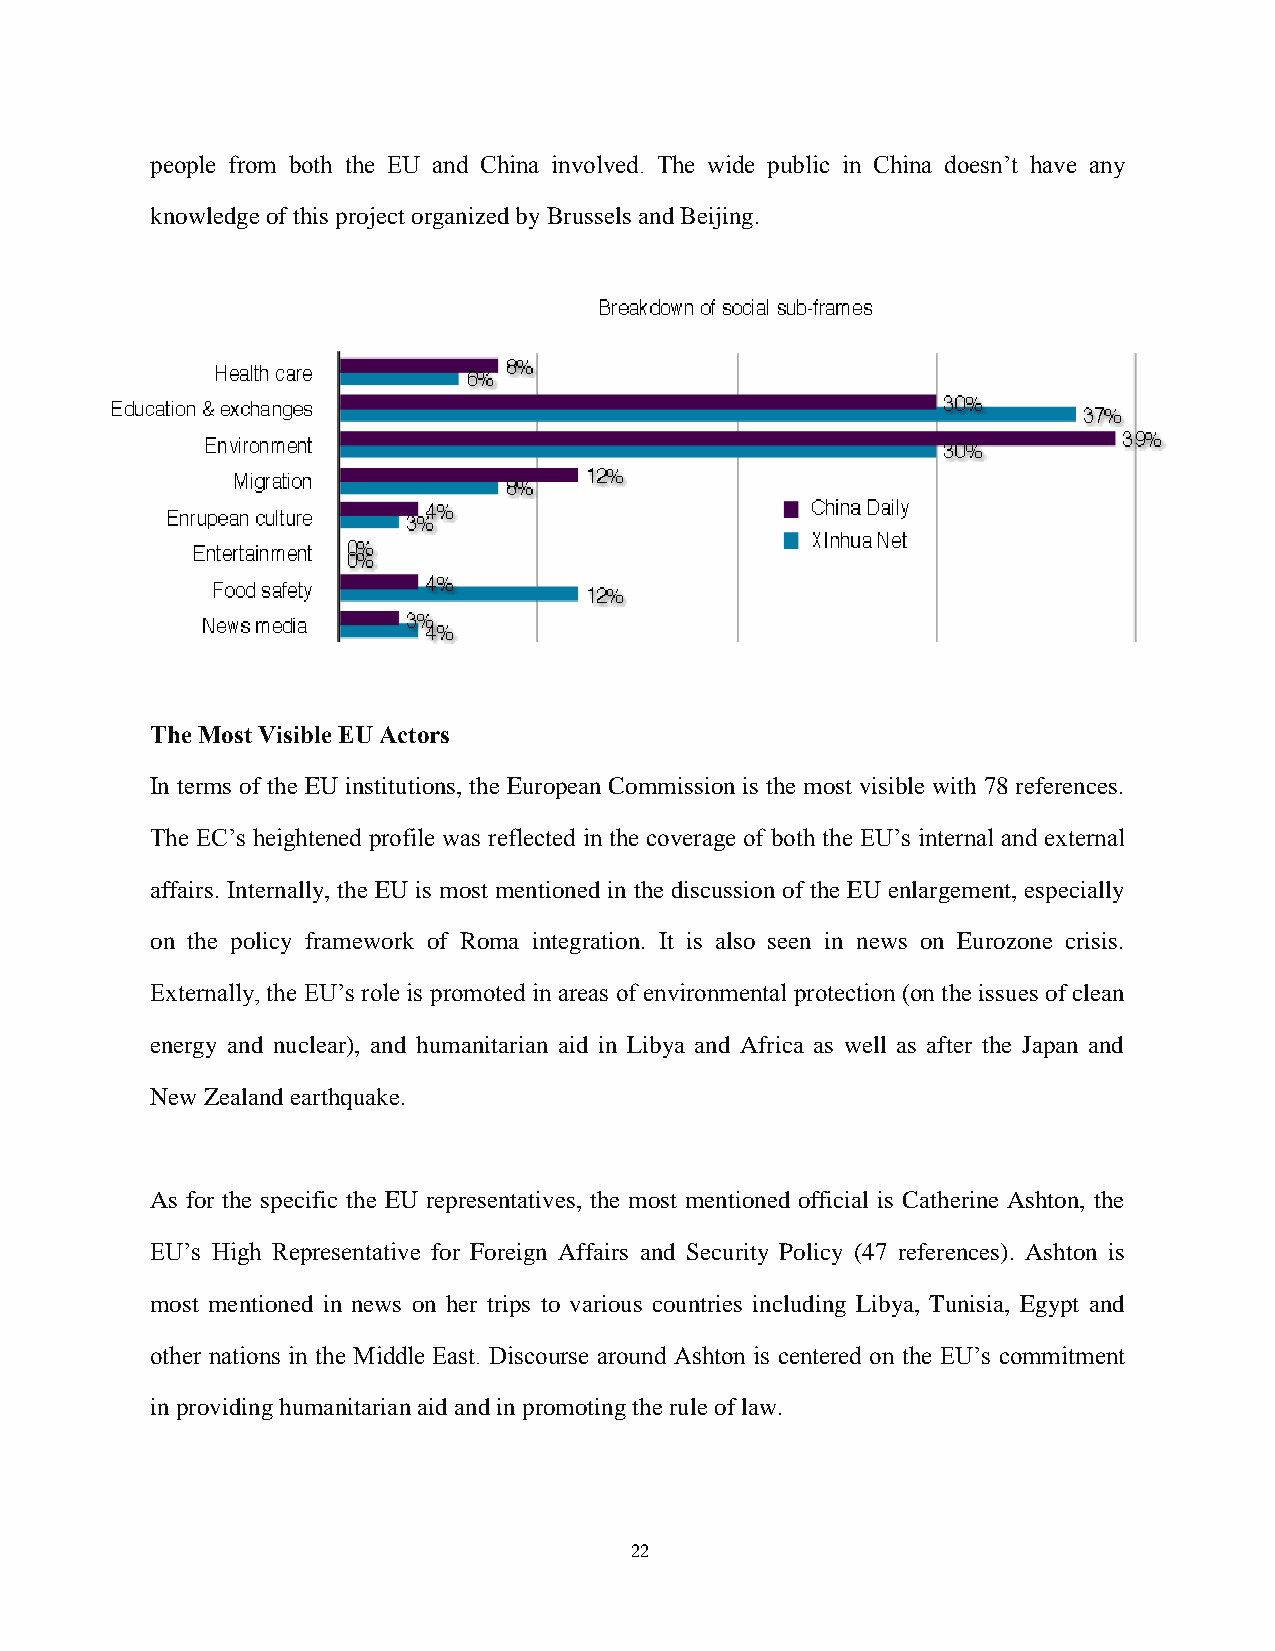
people from both the EU and China involved. The wide public in China doesn’t have any
 knowledge of this project organized by Brussels and Beijing.
 The Most Visible EU Actors
 In terms of the EU institutions, the European Commission is the most visible with 78 references.
 The EC’s heightened profile was reflected in the coverage of both the EU’s internal and external
 affairs. Internally, the EU is most mentioned in the discussion of the EU enlargement, especially
 on the policy framework of Roma integration. It is also seen in news on Eurozone crisis.
 Externally, the EU’s role is promoted in areas of environmental protection (on the issues of clean
 energy and nuclear), and humanitarian aid in Libya and Africa as well as after the Japan and
 New Zealand earthquake.
 As for the specific the EU representatives, the most mentioned official is Catherine Ashton, the
 EU’s High Representative for Foreign Affairs and Security Policy (47 references). Ashton is
 most mentioned in news on her trips to various countries including Libya, Tunisia, Egypt and
 other nations in the Middle East. Discourse around Ashton is centered on the EU’s commitment
 in providing humanitarian aid and in promoting the rule of law.
 22